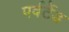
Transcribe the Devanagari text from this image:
पर्वर्टेड